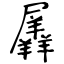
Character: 羼